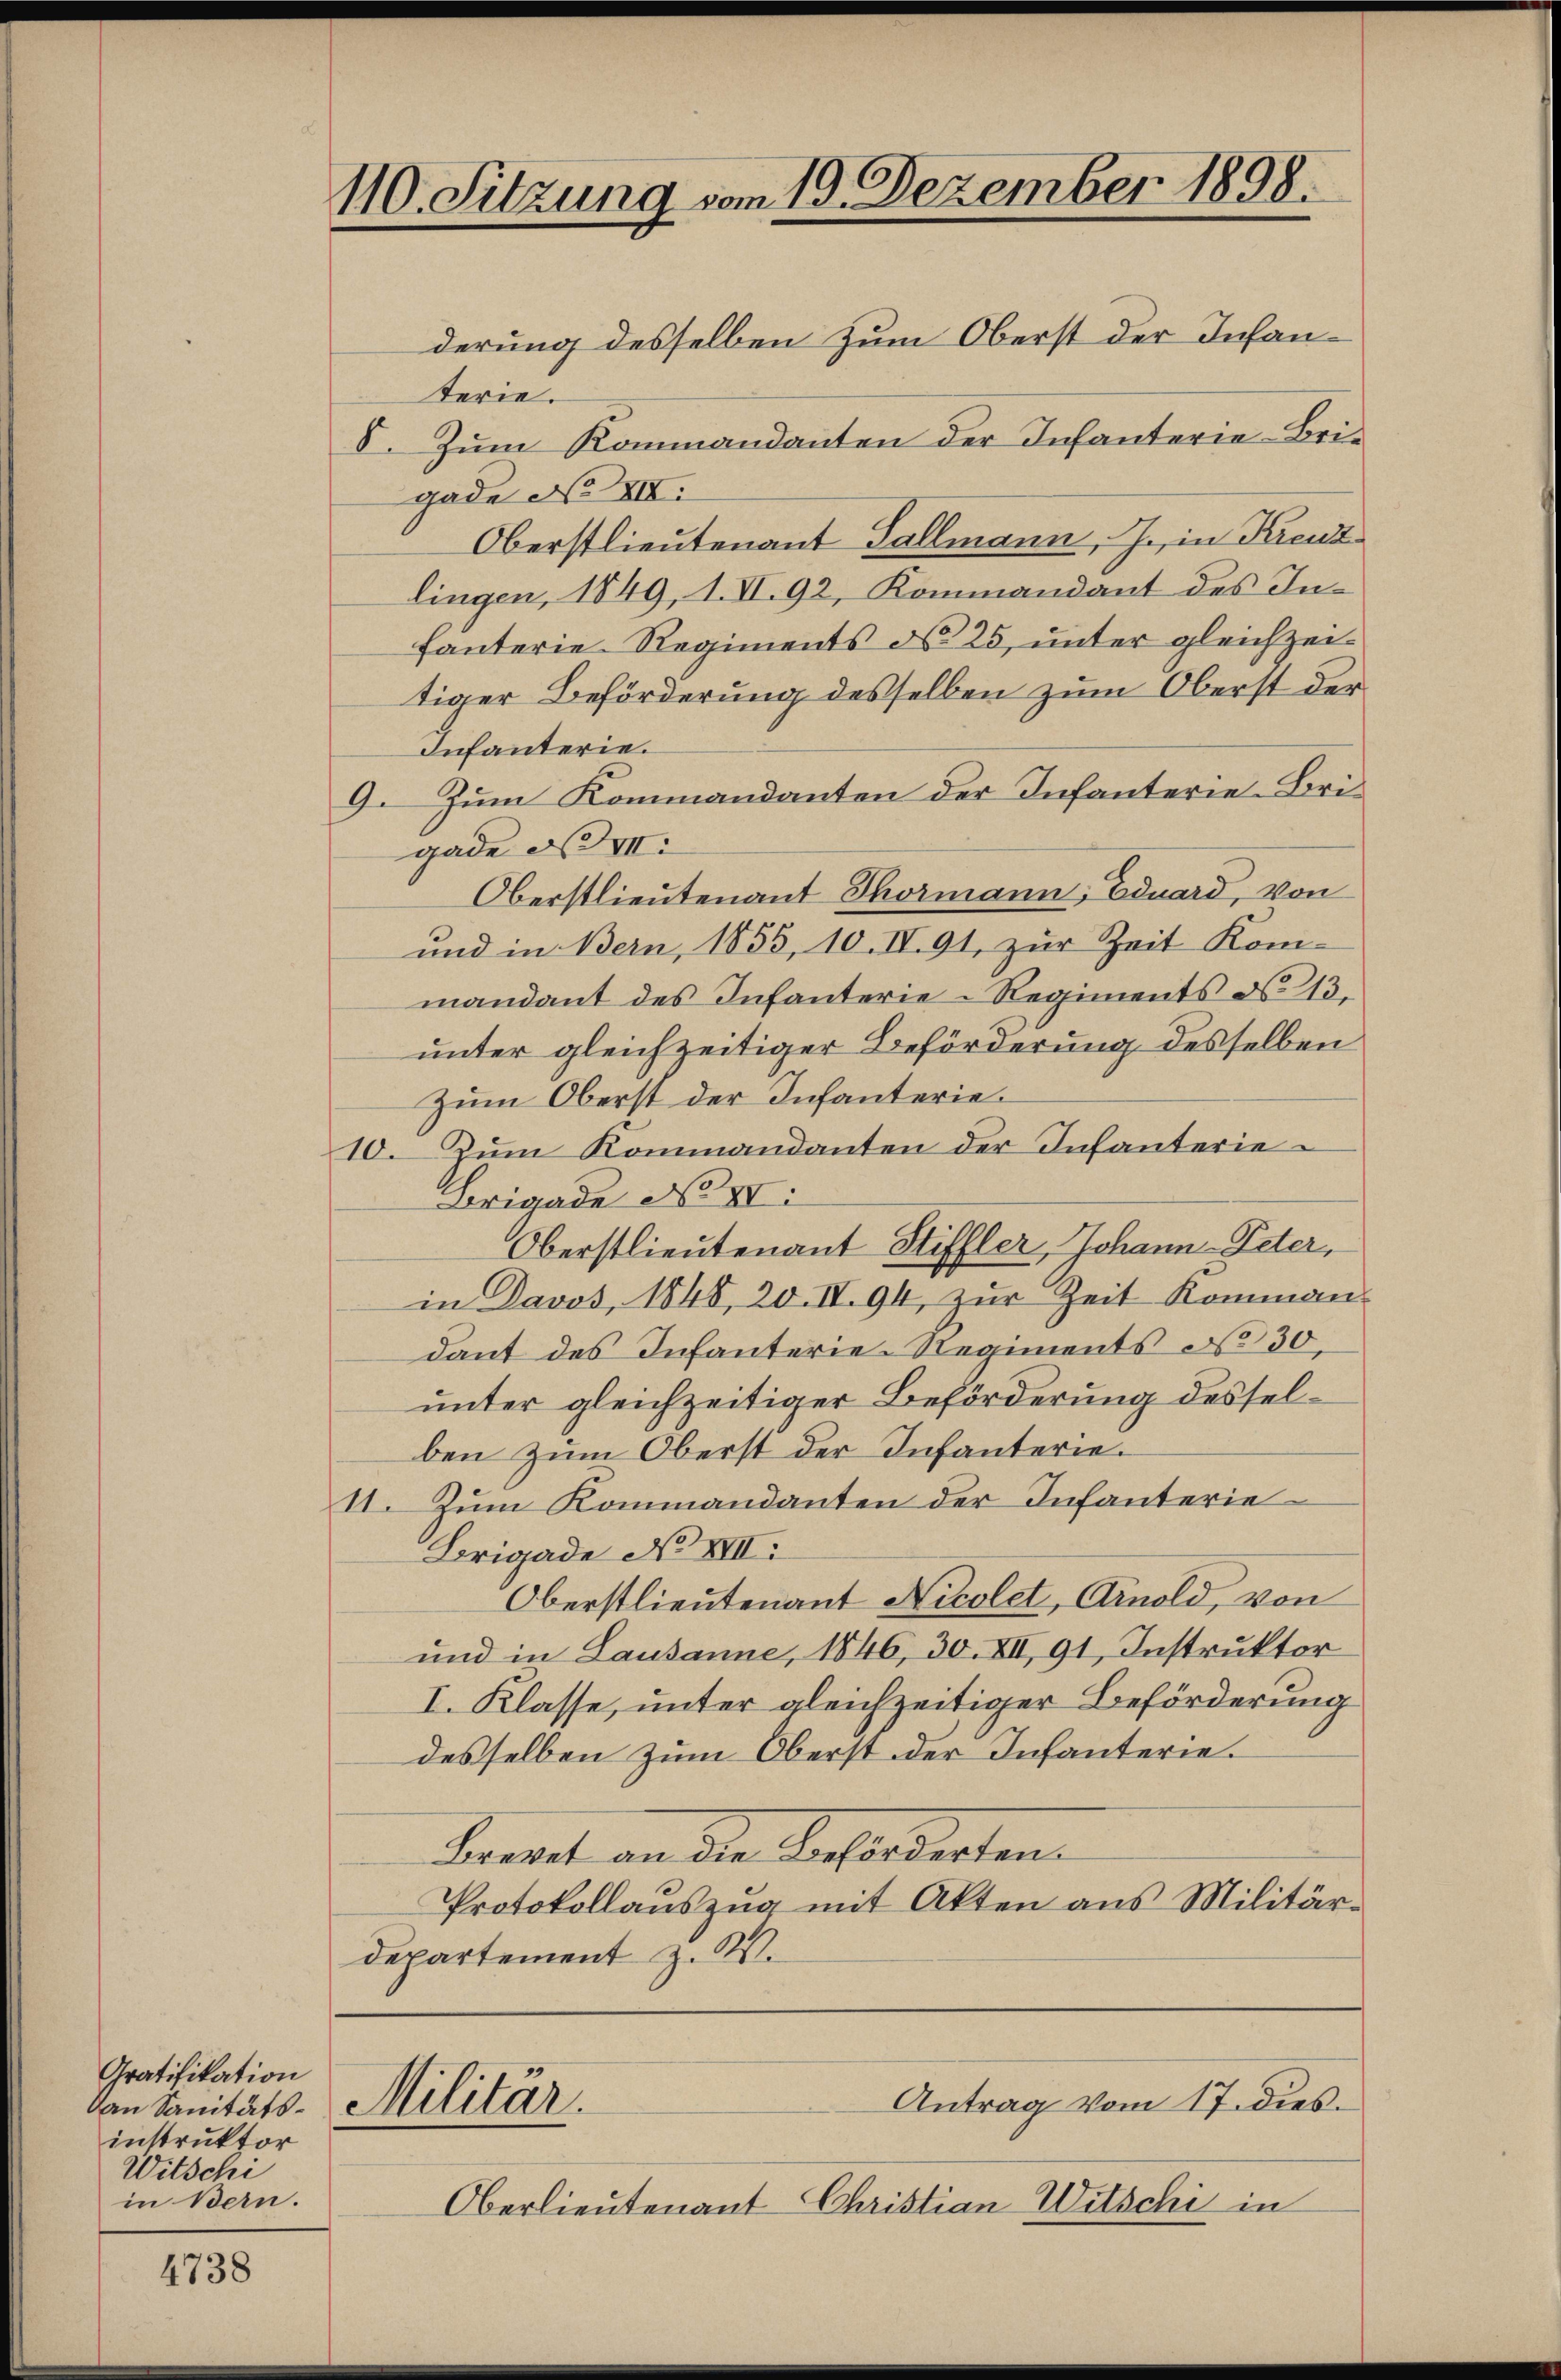
Gratifikation
instruktor
Witschi
in Bern.

4738

110. Sitzung vom 19. Dezember 1898.

derung desselben zum Oberst der Infanterie.
V. Zum Kommandanten der Infanterie-Brigade No VII.
Oberstlieutenant Gallmann, J. in Kreuz
lingen, 1849, 1. II. 92, Kommandant des Infanterie. Regiments d. 25, unter gleichzeitiger Beförderung desselben zum Oberst der
Infanterie.
9. Zum Kommandanten der Infanterie-Brigade No VII.
Oberstlieutenant Thormann, Eduard, von
und in Bern, 1855, 10. IV. 91, zur Zeit Kommandant des Infanterie-Regiments d. 13.
unter gleichzeitiger Beförderung desselben
Zum Oberst der Infanterie¬
10. Zum Kommandanten der Infanterie¬
Brigade No II.
Oberstlieutenant Stiffler, Johann-Peter,
in Davos, 1848, 20. IV 94, zur Zeit Kommandant des Infanterie-Regiments No 30.
unter gleichzeitiger Beförderung desselben zum Oberst der Infanterie¬
11. Zum Kommandanten der Infanterie
Brigade No VIII.
Oberstlieutenant Nicolet, Arnold, von
und in Lausanne, 1846, 30. XII, 91, Instruktor
I. Klasse, unter gleichzeitiger Beförderung
desselben zum Oberst der Infanterie¬
Predit an die Sachenderten.
Protokollauszug mit Akten aus Militär¬
Departement z. W.

Von Sanitäts-Militär.

Antrag vom 17. dies

Oberlieutenant Christian Witschi in